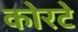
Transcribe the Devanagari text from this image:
कोरटे